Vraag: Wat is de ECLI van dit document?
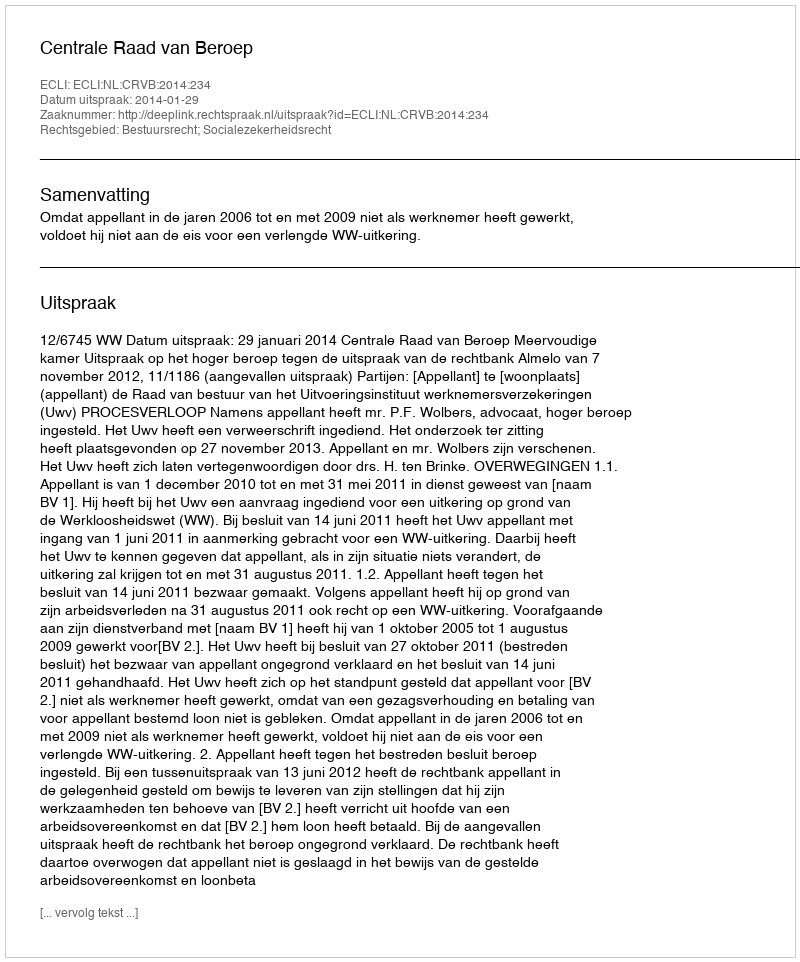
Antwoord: ECLI:NL:CRVB:2014:234